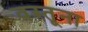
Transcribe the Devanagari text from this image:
वस्तूना